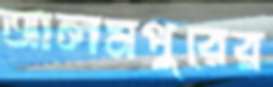
আলমপুরের